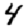
Digit: 4